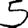
Digit: 5